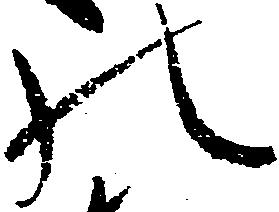
の